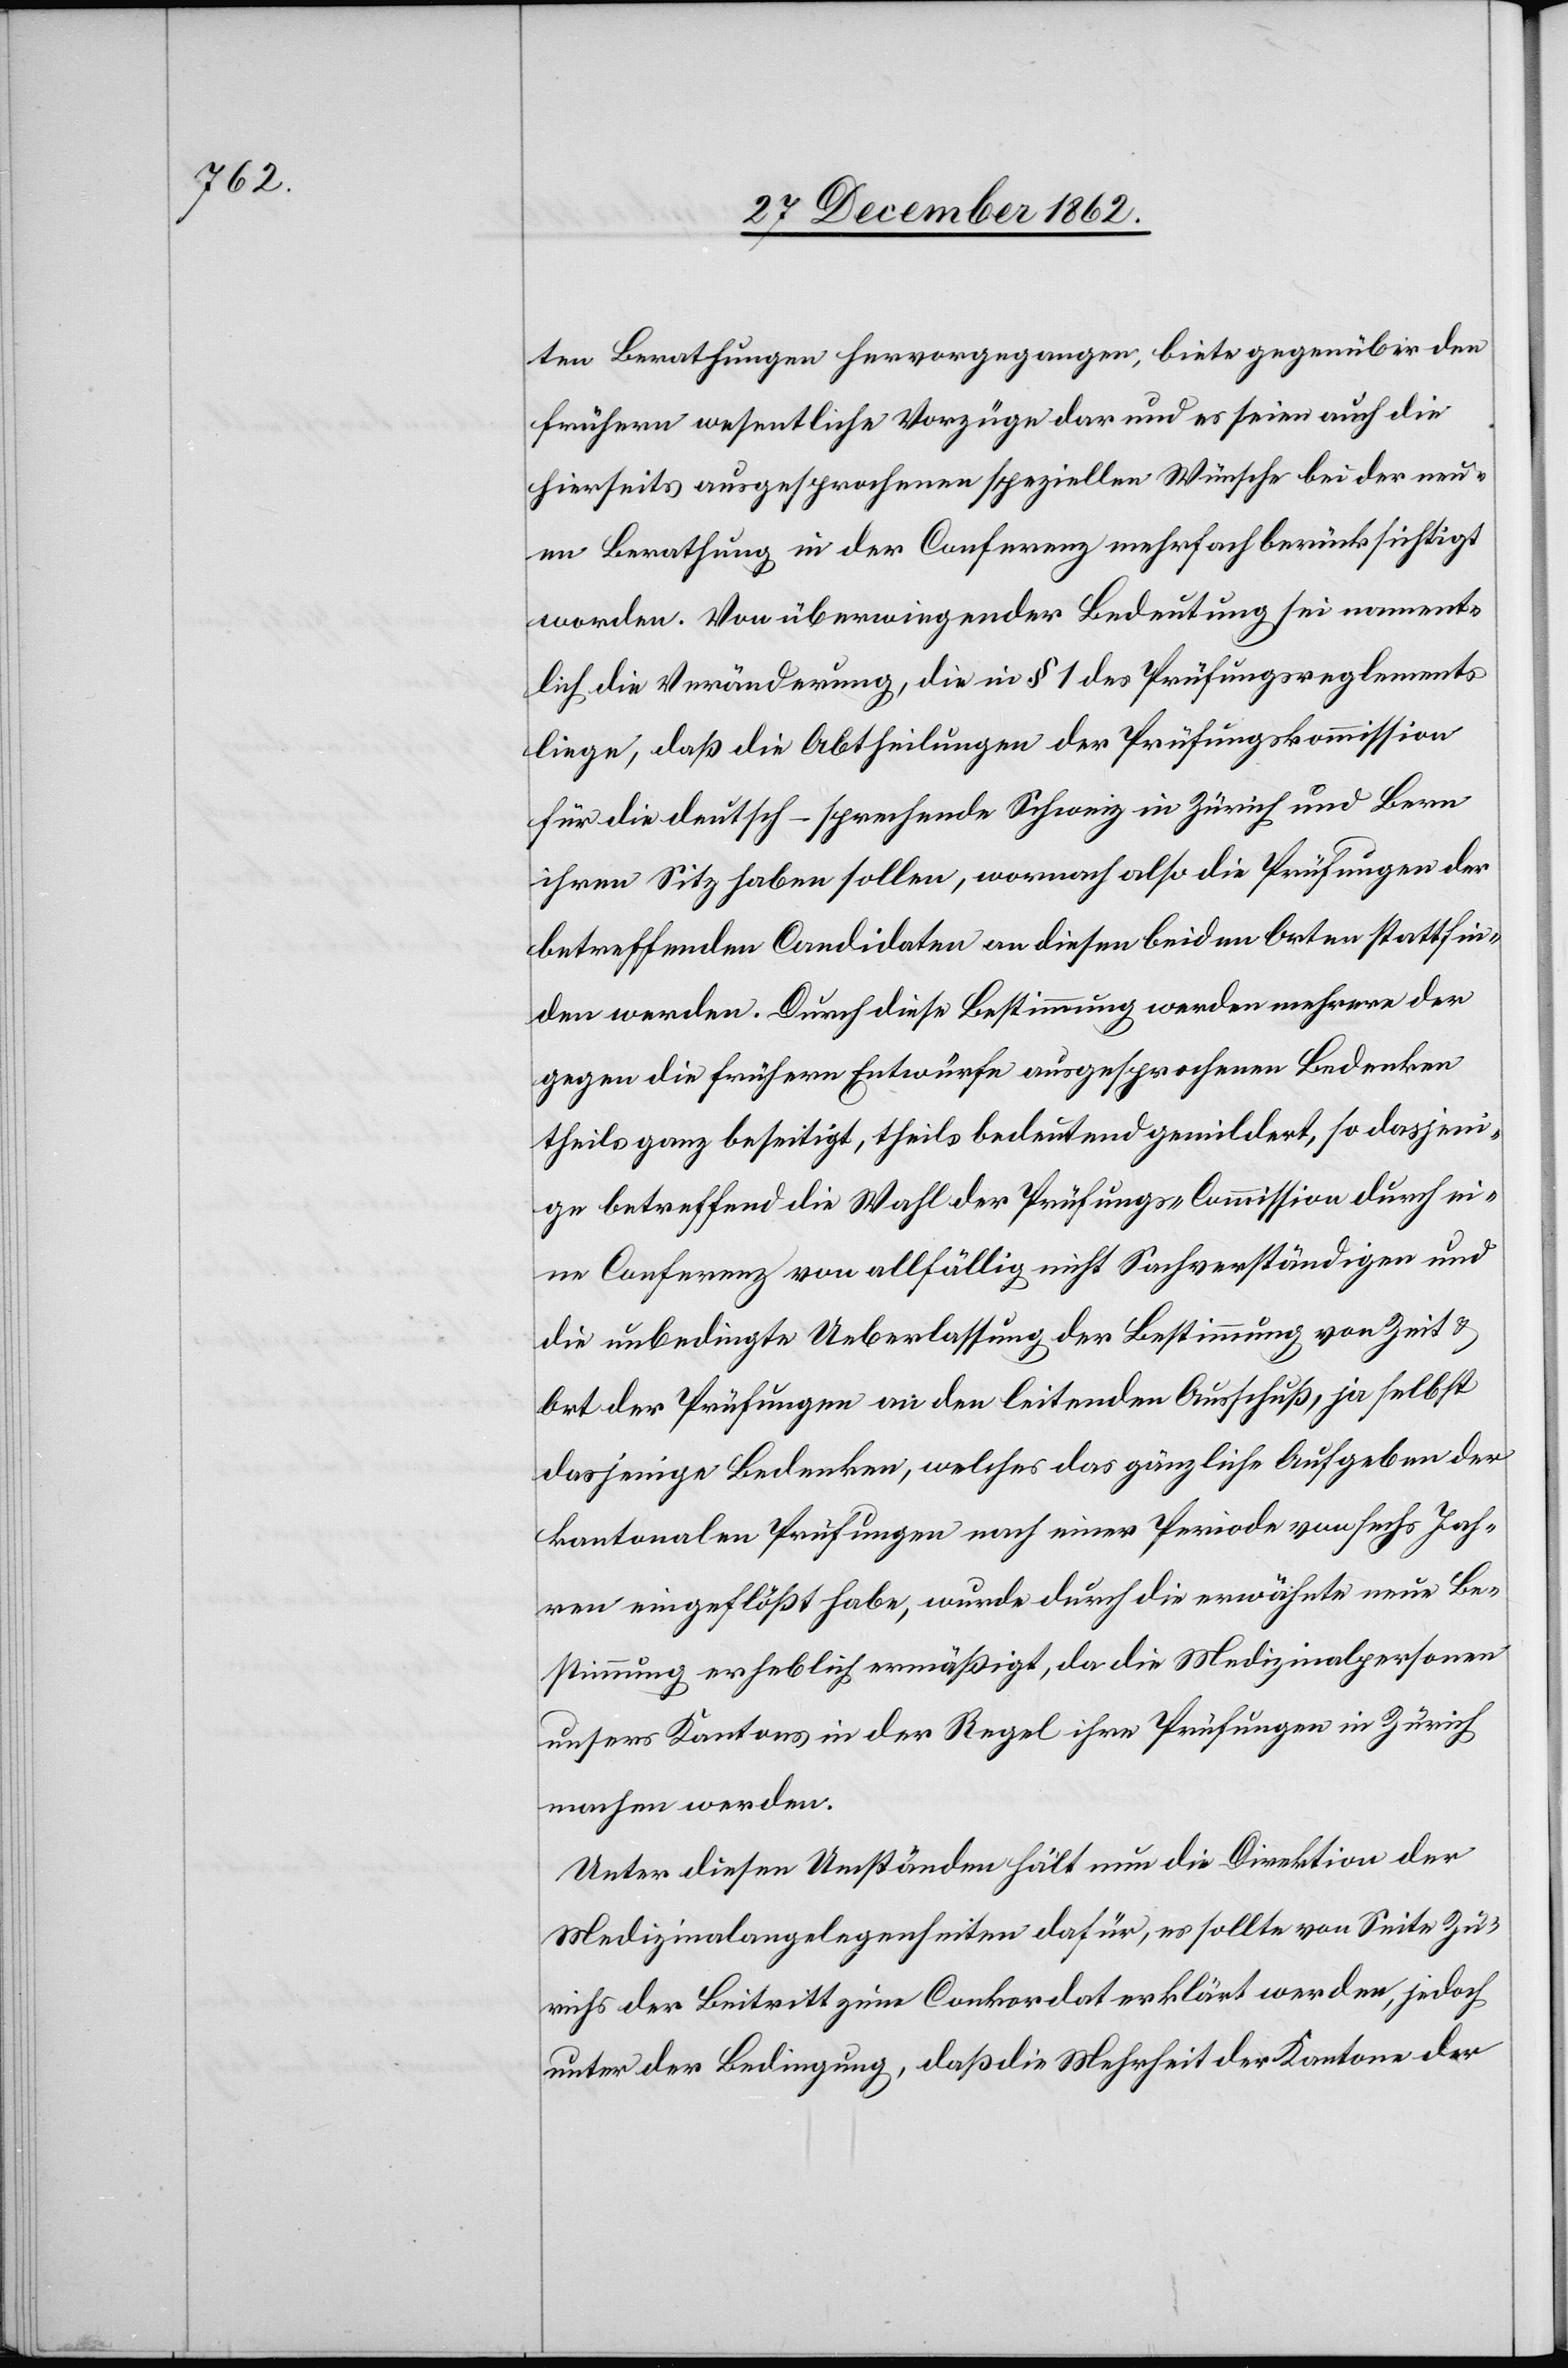
ten Berathungen hervorgegangen, biete gegenüber den
frühern wesentliche Vorzüge dar und es seien auch die
hierseits ausgesprochenen speziellen Wünsche bei der neu¬
en Berathung in der Conferenz mehrfach berücksichtigt
worden. Von überwiegender Bedeutung sei nament¬
lich die Veränderung, die in § 1 des Prüfungsreglements
liege, daß die Abtheilungen der Prüfungskommission
für die deutsch-sprechende Schweiz in Zürich und Bern
ihren Sitz haben sollen, wornach also die Prüfungen der
betreffenden Candidaten an diesen beiden Orten stattfin¬
den werden. Durch diese Bestimmung werden mehrere der
gegen die frühern Entwürfe ausgesprochenen Bedenken
theils ganz beseitigt, theils bedeutend gemildert, so dasjeni¬
ge betreffend die Wahl der Prüfungs-Commission durch ei¬
ne Conferenz von allfällig nicht Sachverständigen und
die unbedingte Ueberlassung der Bestimmung von Zeit u.
Ort der Prüfungen an den leitenden Ausschuß, ja selbst
dasjenige Bedenken, welches das gänzliche Aufgeben der
kantonalen Prüfungen nach einer Periode von sechs Jah¬
ren eingeflößt habe, wurde durch die erwähnte neue Be¬
stimmung erheblich ermäßigt, da die Medizinalpersonen
unsers Kantons in der Regel ihre Prüfungen in Zürich
machen werden.
Unter diesen Umständen hält nun die Direktion der
Medizinalangelegenheiten dafür, es sollte von Seite Zü¬
richs der Beitritt zum Conkordat erklärt werden, jedoch
unter der Bedingung, daß die Mehrheit der Kantone der